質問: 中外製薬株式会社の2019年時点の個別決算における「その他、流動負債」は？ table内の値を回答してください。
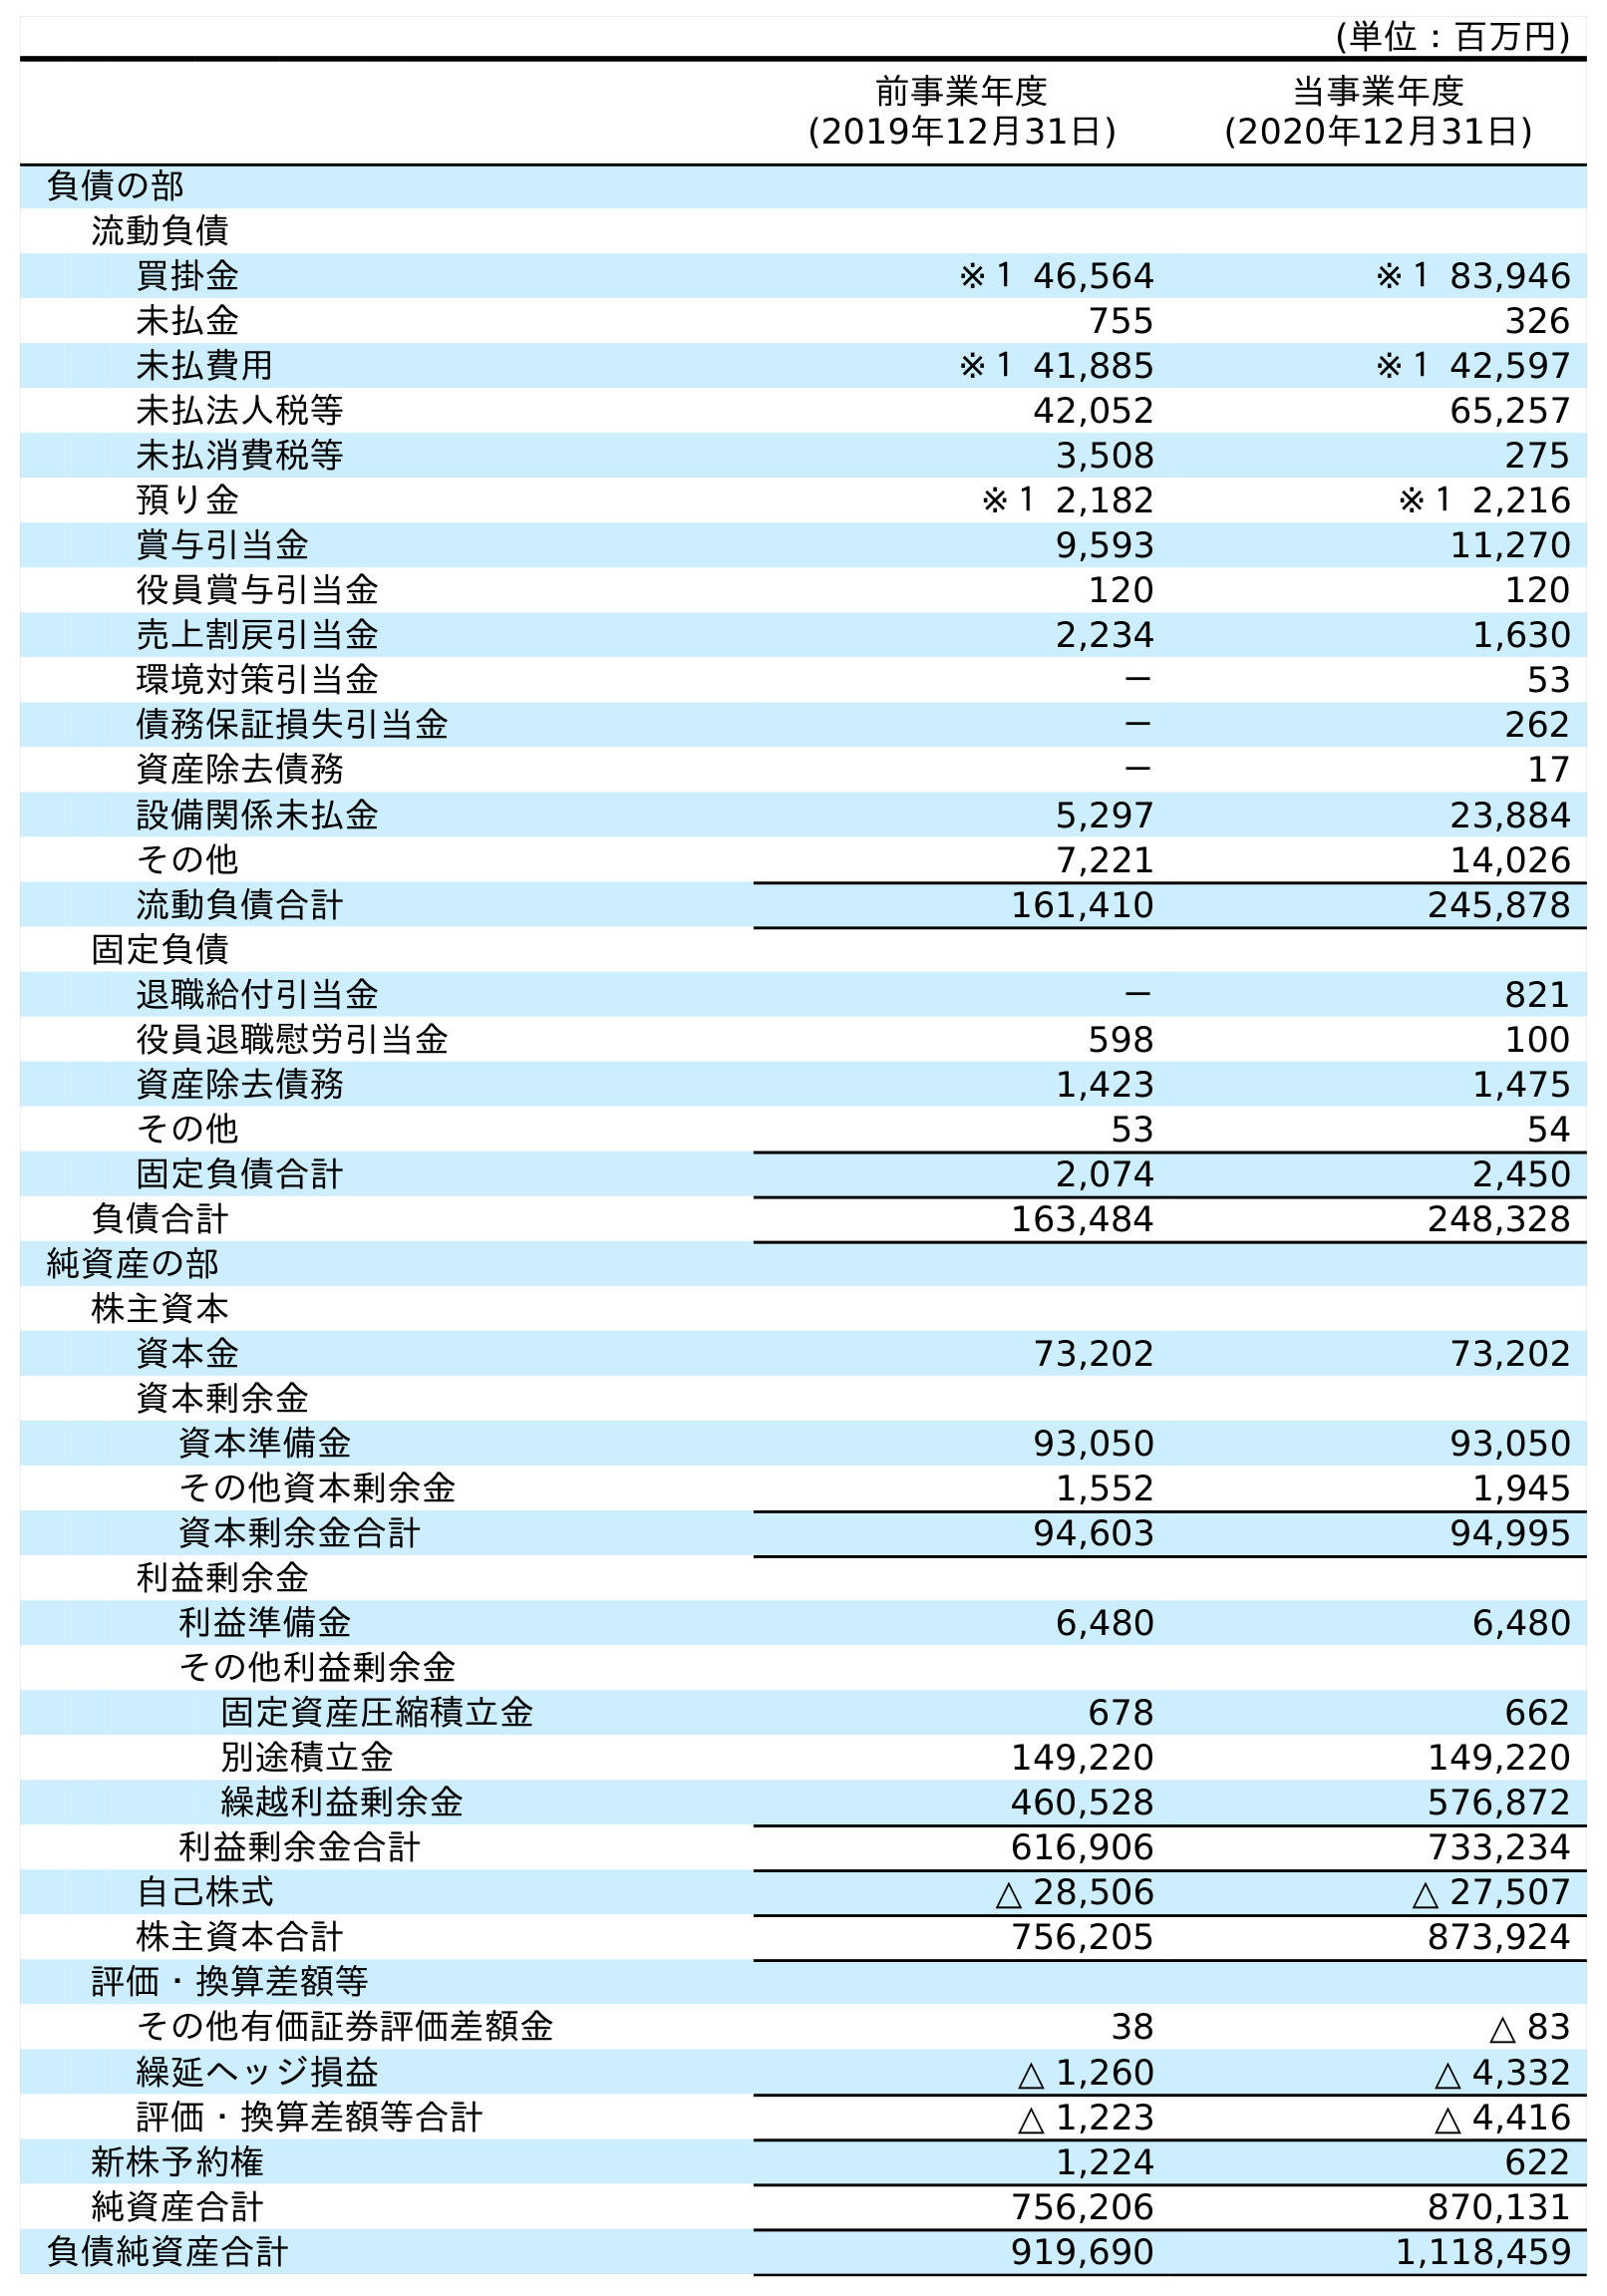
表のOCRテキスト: (単位：百万円) 前事業年度 (2019年12月31日) 当事業年度 (2020年12月31日) 負債の部 流動負債 買掛金 ※１ 46,564 ※１ 83,946 未払金 755 326 未払費用 ※１ 41,885 ※１ 42,597 未払法人税等 42,052 65,257 未払消費税等 3,508 275 預り金 ※１ 2,182 ※１ 2,216 賞与引当金 9,593 11,270 役員賞与引当金 120 120 売上割戻引当金 2,234 1,630 環境対策引当金 － 53 債務保証損失引当金 － 262 資産除去債務 － 17 設備関係未払金 5,297 23,884 その他 7,221 14,026 流動負債合計 161,410 245,878 固定負債 退職給付引当金 － 821 役員退職慰労引当金 598 100 資産除去債務 1,423 1,475 その他 53 54 固定負債合計 2,074 2,450 負債合計 163,484 248,328 純資産の部 株主資本 資本金 73,202 73,202 資本剰余金 資本準備金 93,050 93,050 その他資本剰余金 1,552 1,945 資本剰余金合計 94,603 94,995 利益剰余金 利益準備金 6,480 6,480 その他利益剰余金 固定資産圧縮積立金 678 662 別途積立金 149,220 149,220 繰越利益剰余金 460,528 576,872 利益剰余金合計 616,906 733,234 自己株式 △ 28,506 △ 27,507 株主資本合計 756,205 873,924 評価・換算差額等 その他有価証券評価差額金 38 △ 83 繰延ヘッジ損益 △ 1,260 △ 4,332 評価・換算差額等合計 △ 1,223 △ 4,416 新株予約権 1,224 622 純資産合計 756,206 870,131 負債純資産合計 919,690 1,118,459
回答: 7,221